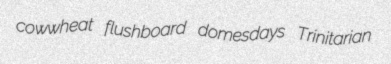
cowwheat flushboard domesdays Trinitarian